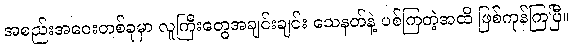
အစည်းအဝေးတစ်ခုမှာ လူကြီးတွေအချင်းချင်း သေနတ်နဲ့ ပစ်ကြတဲ့အထိ ဖြစ်ကုန်ကြပြီ။